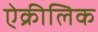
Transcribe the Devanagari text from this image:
ऐक्रीलिक